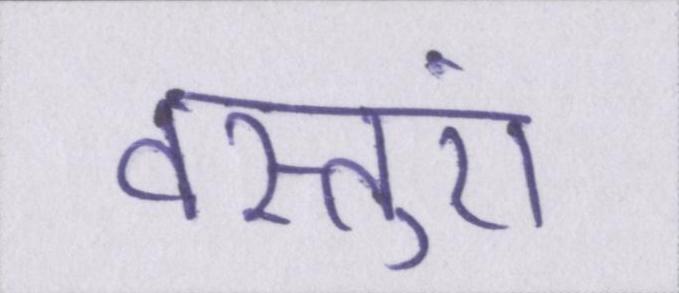
वस्तुएं